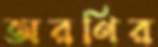
অরণির